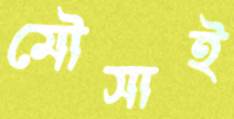
মৌসাই